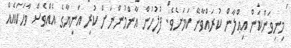
މިނިވަންކަން އިޢްލާން ކުރައްވާނޭ ކަމަށެވެ. ފުލުހުން އާންމުންނަށް ކުރި އަނިޔާގެ އެއްވެސް ވާހަކައެއް